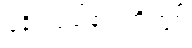
ရခိုင်ပြည်နယ်တို့တွင်